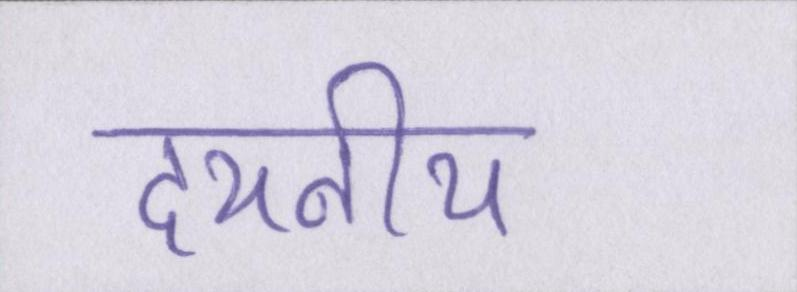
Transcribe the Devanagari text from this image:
दयनीय